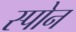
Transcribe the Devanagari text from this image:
स्पोन